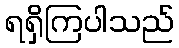
ရရှိကြပါသည်